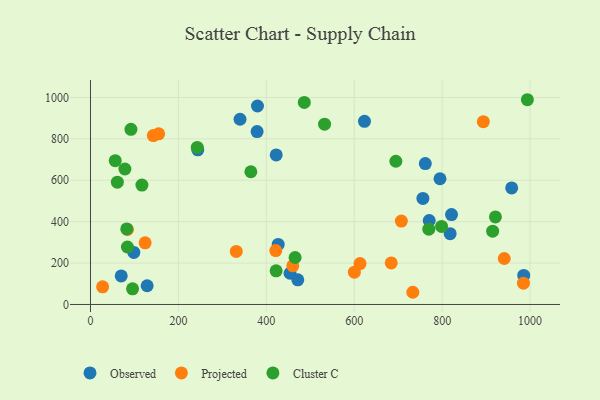
{"axis": {"x": "Speed", "y": "Yield"}, "legend": ["Cluster C", "Observed", "Projected"], "data": [{"x": "761.7", "y": 680.5, "type": "Observed"}, {"x": "821.3", "y": 434.4, "type": "Observed"}, {"x": "427.0", "y": 289.9, "type": "Observed"}, {"x": "128.9", "y": 90.4, "type": "Observed"}, {"x": "340.2", "y": 894.7, "type": "Observed"}, {"x": "623.3", "y": 884.7, "type": "Observed"}, {"x": "454.0", "y": 150.8, "type": "Observed"}, {"x": "98.6", "y": 251.6, "type": "Observed"}, {"x": "379.0", "y": 835.0, "type": "Observed"}, {"x": "770.6", "y": 405.6, "type": "Observed"}, {"x": "985.6", "y": 140.2, "type": "Observed"}, {"x": "379.9", "y": 958.6, "type": "Observed"}, {"x": "471.6", "y": 119.2, "type": "Observed"}, {"x": "756.2", "y": 512.0, "type": "Observed"}, {"x": "244.1", "y": 747.2, "type": "Observed"}, {"x": "69.9", "y": 138.1, "type": "Observed"}, {"x": "958.2", "y": 563.0, "type": "Observed"}, {"x": "795.1", "y": 607.3, "type": "Observed"}, {"x": "818.2", "y": 341.8, "type": "Observed"}, {"x": "422.5", "y": 722.4, "type": "Observed"}, {"x": "124.3", "y": 297.6, "type": "Projected"}, {"x": "142.9", "y": 815.7, "type": "Projected"}, {"x": "733.3", "y": 58.9, "type": "Projected"}, {"x": "27.6", "y": 85.3, "type": "Projected"}, {"x": "613.2", "y": 197.6, "type": "Projected"}, {"x": "331.6", "y": 256.0, "type": "Projected"}, {"x": "941.3", "y": 222.0, "type": "Projected"}, {"x": "684.2", "y": 200.8, "type": "Projected"}, {"x": "985.0", "y": 102.8, "type": "Projected"}, {"x": "707.2", "y": 402.6, "type": "Projected"}, {"x": "460.3", "y": 186.9, "type": "Projected"}, {"x": "600.3", "y": 156.1, "type": "Projected"}, {"x": "155.0", "y": 824.3, "type": "Projected"}, {"x": "84.2", "y": 362.1, "type": "Projected"}, {"x": "421.5", "y": 260.1, "type": "Projected"}, {"x": "893.7", "y": 882.9, "type": "Projected"}, {"x": "56.3", "y": 694.5, "type": "Cluster C"}, {"x": "95.7", "y": 75.7, "type": "Cluster C"}, {"x": "422.3", "y": 162.6, "type": "Cluster C"}, {"x": "82.5", "y": 365.0, "type": "Cluster C"}, {"x": "532.5", "y": 871.1, "type": "Cluster C"}, {"x": "798.7", "y": 377.0, "type": "Cluster C"}, {"x": "914.9", "y": 353.9, "type": "Cluster C"}, {"x": "364.8", "y": 641.0, "type": "Cluster C"}, {"x": "78.3", "y": 654.3, "type": "Cluster C"}, {"x": "92.0", "y": 845.9, "type": "Cluster C"}, {"x": "117.0", "y": 576.8, "type": "Cluster C"}, {"x": "993.9", "y": 989.0, "type": "Cluster C"}, {"x": "84.0", "y": 277.5, "type": "Cluster C"}, {"x": "242.9", "y": 758.7, "type": "Cluster C"}, {"x": "694.7", "y": 691.9, "type": "Cluster C"}, {"x": "465.5", "y": 226.9, "type": "Cluster C"}, {"x": "61.1", "y": 590.7, "type": "Cluster C"}, {"x": "486.4", "y": 975.9, "type": "Cluster C"}, {"x": "921.2", "y": 423.0, "type": "Cluster C"}, {"x": "769.7", "y": 363.6, "type": "Cluster C"}]}